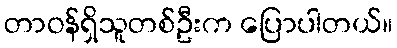
တာဝန်ရှိသူတစ်ဦးက ပြောပါတယ်။